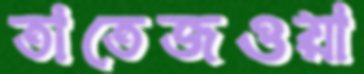
তাতেজওয়া